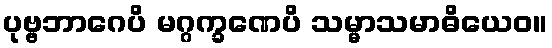
ပုဗ္ဗဘာဂေပိ မဂ္ဂက္ခဏေပိ သမ္မာသမာဓိယေဝ။